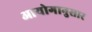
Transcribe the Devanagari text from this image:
आयोगानुसार